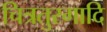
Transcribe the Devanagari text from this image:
चित्रतुरगादि